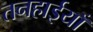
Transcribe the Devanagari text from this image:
तनहाईयाँ